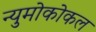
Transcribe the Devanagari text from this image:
न्युमोकोकल